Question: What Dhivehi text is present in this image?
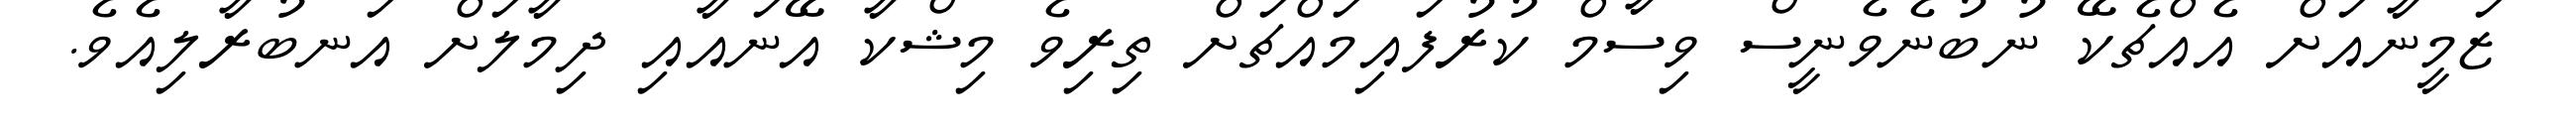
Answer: ޒަމީނާއަށް އެއްޗެކޭ ނުބުނެވެނީސް ވިސާމް ކުރުފައިމައްޗަށް ތިރިވެ މިޝްކާ އޭނައާއި ދިމާލަށް އަނބުރާލިއެވެ.